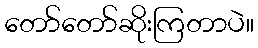
တော်တော်ဆိုးကြတာပဲ။